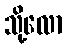
သို့လော